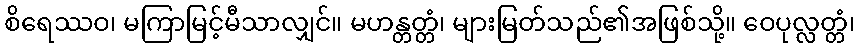
စိရေဿဝ၊ မကြာမြင့်မီသာလျှင်။ မဟန္တတ္တံ၊ များမြတ်သည်၏အဖြစ်သို့။ ဝေပုလ္လတ္တံ၊